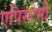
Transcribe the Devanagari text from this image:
एपिस्टेमी